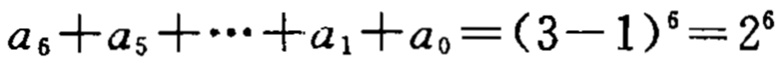
\(a_{6}+a_{5}+\cdots +a_{1}+a_{0}=(3 - 1)^{6}=2^{6}\)